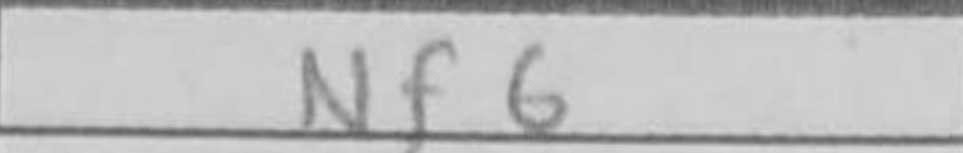
Transcription: Nf6